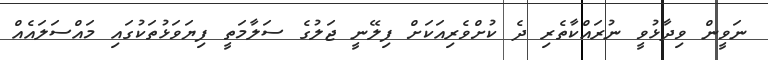
ނަވީން ވިދާޅުވީ ނުރައްކާތެރި ދެ ކުށްވެރިއަކަށް ފިލޭނީ ޖަލުގެ ސަލާމަތީ ފިޔަވަޅުތަކުގައި މައްސަލައެއް